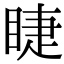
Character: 睫